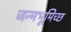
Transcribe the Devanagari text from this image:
जन्मभूमिच्छ